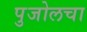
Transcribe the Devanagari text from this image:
पुजोलचा